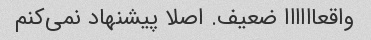
واقعاااااا ضعیف. اصلا پیشنهاد نمی‌کنم